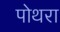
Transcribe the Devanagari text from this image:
पोथरा